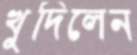
খুদিলেন